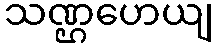
သဏ္ဌဟေယျ